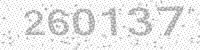
Solution: 260137